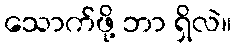
သောက်ဖို့ ဘာ ရှိလဲ။